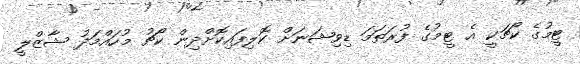
ޓީމުގެ ކޯޗަކީ އެ ޓީމުގެ ފުރަތަމަ ޑިވިޝަނަށް ކޮލިފައިކޮށްދިން ކޯޗު މުހައްމަދު ޝާޒްލީ